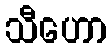
သီဟော